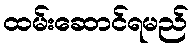
ထမ်းဆောင်ရမည်